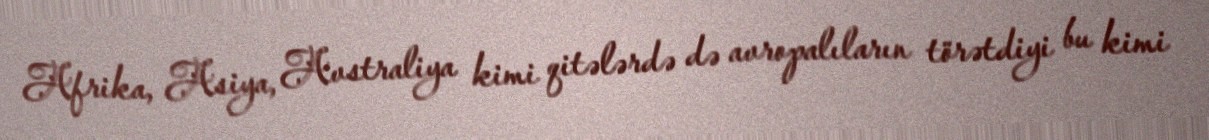
Afrika, Asiya, Avstraliya kimi qitələrdə də avropalıların törətdiyi bu kimi